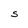
Character: S